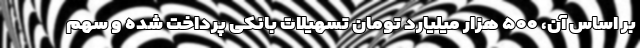
بر اساس آن، ۵۰۰ هزار میلیارد تومان تسهیلات بانکی پرداخت شده و سهم